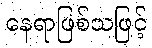
နေရာဖြစ်သဖြင့်